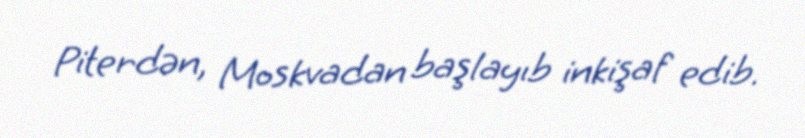
Piterdən, Moskvadan başlayıb inkişaf edib.